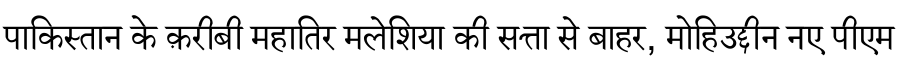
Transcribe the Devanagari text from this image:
पाकिस्तान के क़रीबी महातिर मलेशिया की सत्ता से बाहर, मोहिउद्दीन नए पीएम